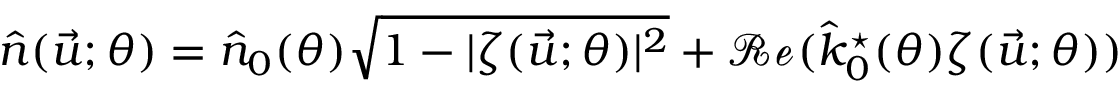
\hat { n } ( \vec { u } ; \theta ) = \hat { n } _ { 0 } ( \theta ) \sqrt { 1 - | \zeta ( \vec { u } ; \theta ) | ^ { 2 } } + \mathscr { R e } ( \hat { k } _ { 0 } ^ { \star } ( \theta ) \zeta ( \vec { u } ; \theta ) )